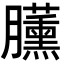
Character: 𣎰